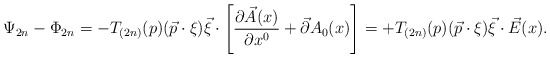
\begin{align*}\Psi _{2n}-\Phi _{2n}=-T_{(2n)}(p)(\vec{p}\cdot \xi )\vec{\xi}\cdot \left[\frac{\partial \vec{A}(x)}{\partial x^{0}}+\vec{\partial}A_{0}(x)\right]=+T_{(2n)}(p)(\vec{p}\cdot \xi )\vec{\xi}\cdot \vec{E}(x). \end{align*}